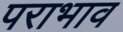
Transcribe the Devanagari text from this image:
पराभाव